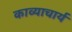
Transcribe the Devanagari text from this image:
काव्याचार्य